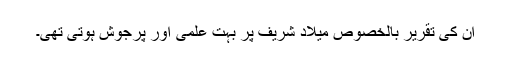
ان کی تقریر بالخصوص میلاد شریف پر بہت علمی اور پرجوش ہوتی تھی۔